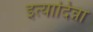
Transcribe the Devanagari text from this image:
इत्यादिन्ना